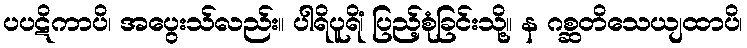
ပပဋိကာပိ၊ အပွေးသ်လည်း။ ပါရိပူရိံ၊ ပြည့်စုံခြင်းသို့။ န ဂစ္ဆတိသေယျထာပိ၊